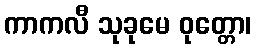
ကာကလီ သုခုမေ ဝုတ္တော၊